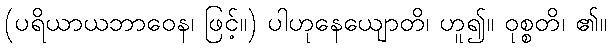
(ပရိယာယဘာဝေန၊ ဖြင့်။) ပါဟုနေယျောတိ၊ ဟူ၍။ ဝုစ္စတိ၊ ၏။